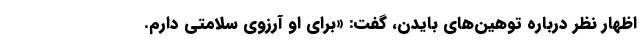
اظهار نظر درباره توهین‌های بایدن، گفت: «برای او آرزوی سلامتی دارم.